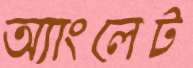
অ্যাংলেট